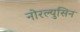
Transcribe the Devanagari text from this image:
नोरल्युसिन